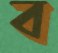
ব